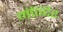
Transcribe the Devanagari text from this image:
मंन्दिर